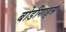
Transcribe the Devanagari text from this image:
बोडीगार्ड्स